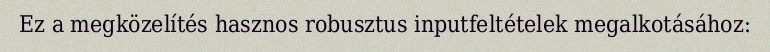
Ez a megközelítés hasznos robusztus inputfeltételek megalkotásához: